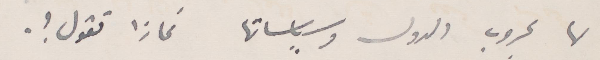
لها بحروب الدول وسياساتها فماذا تقول؟